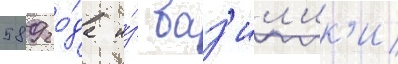
589 го́да и́з баз'ил'ик'и